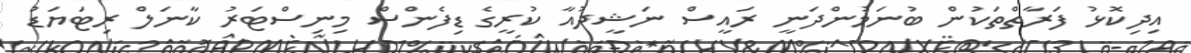
އިދިކޮޅު ފަރާތްތަކުން ބުނަމުންދަނީ ރައީސް ނަޝީދުއާ ކުރީގެ ޑިފެންސް މިނިސްޓަރު ކާނަލް ރިޓަޔަޑު